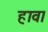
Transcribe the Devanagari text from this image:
हाव।